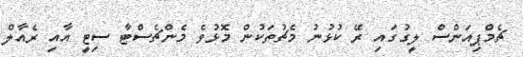
ޗެމްޕިއަންސް ލީގުގައި ރޭ ކުޅުނު މެޗުތަކުން މޮޅުވެ މެންޗެސްޓާ ސިޓީ އާއި ރެއާލް